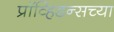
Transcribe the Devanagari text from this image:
प्रॉव्हिडन्सच्या